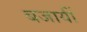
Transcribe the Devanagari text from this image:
बजायीं